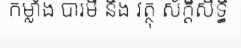
កម្លាំង បារមី និង វត្ថុ ស័ក្តិសិទ្ធិ